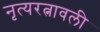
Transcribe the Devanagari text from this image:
नृत्यरत्नावली